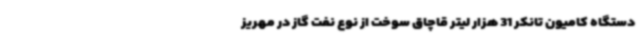
دستگاه کامیون تانکر 31 هزار لیتر قاچاق سوخت از نوع نفت گاز در مهریز